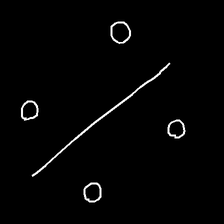
Glyph: cool